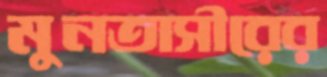
মুনতাসীরের